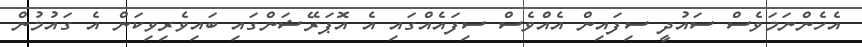
އެހެންނަމަވެސް ސައުދީ ސިފައިން އެއްވެސް ސިފައެއްގައި އެ އޮޕަރޭޝަންގައި ބައިވެރިވިކަން އެ ގައުމުން